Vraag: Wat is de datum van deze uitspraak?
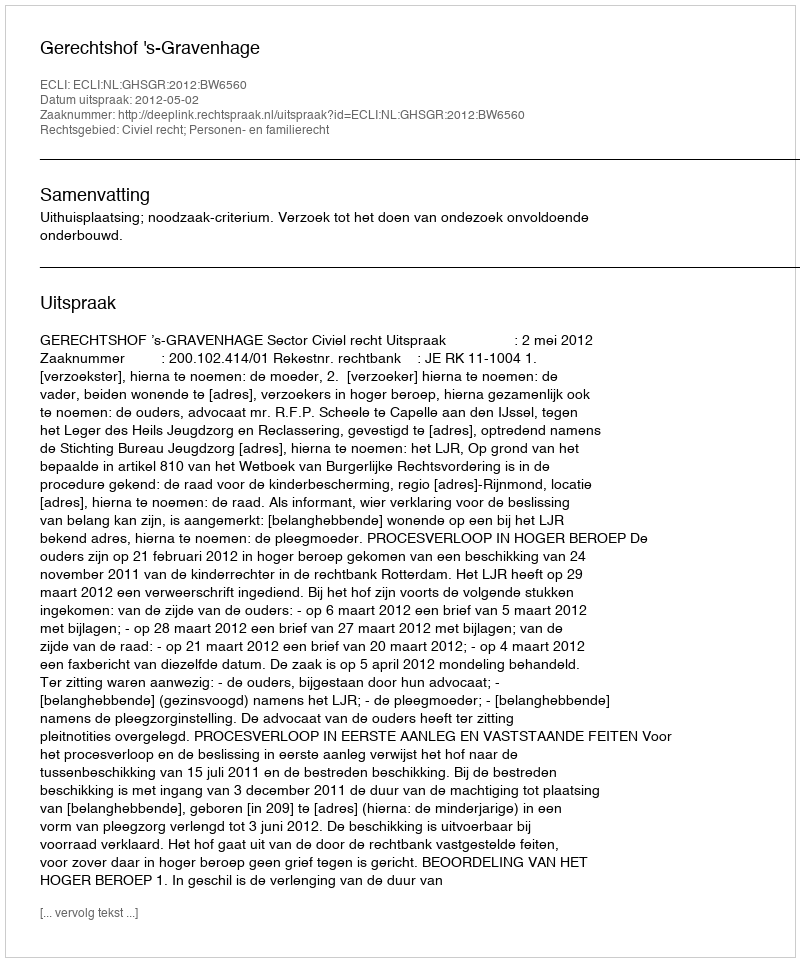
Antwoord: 2012-05-02